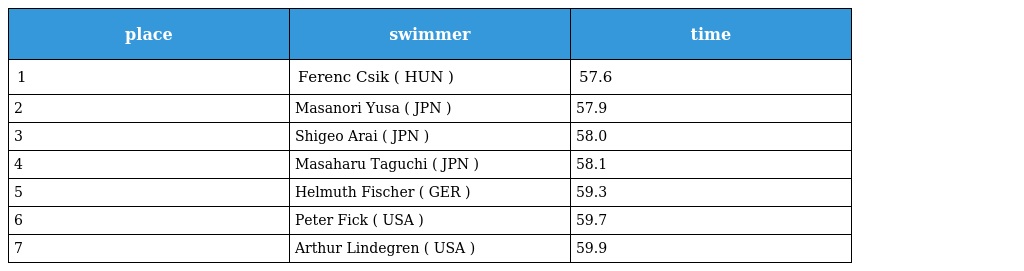
| place | swimmer | time |
 | --- | --- | --- |
 | 1 | Ferenc Csik ( HUN ) | 57.6 |
 | 2 | Masanori Yusa ( JPN ) | 57.9 |
 | 3 | Shigeo Arai ( JPN ) | 58.0 |
 | 4 | Masaharu Taguchi ( JPN ) | 58.1 |
 | 5 | Helmuth Fischer ( GER ) | 59.3 |
 | 6 | Peter Fick ( USA ) | 59.7 |
 | 7 | Arthur Lindegren ( USA ) | 59.9 |